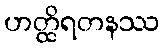
ဟတ္ထိရတနဿ